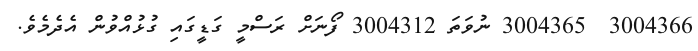
3004366  3004365 ނުވަތަ 3004312 ފޯނަށް ރަސްމީ ގަޑީގައި ގުޅުއްވުން އެދެމެވެ.